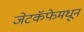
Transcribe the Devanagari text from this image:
जेटकॅफेमधून